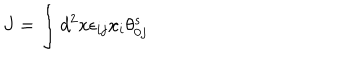
LaTeX: J = \int d ^ { 2 } x \epsilon _ { i j } x _ { i } \theta _ { 0 j } ^ { s }